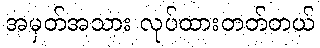
အမှတ်အသား လုပ်ထားတတ်တယ်